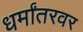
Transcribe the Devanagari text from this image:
धर्मांतरवर